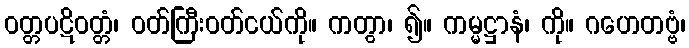
ဝတ္တပဋိဝတ္တံ၊ ဝတ်ကြီးဝတ်ငယ်ကို။ ကတွာ၊ ၍။ ကမ္မဋ္ဌာနံ၊ ကို။ ဂဟေတဗ္ဗံ၊